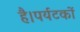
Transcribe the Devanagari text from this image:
है।पर्यटकों